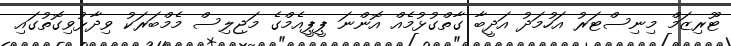
ޓޫރިޒަމް މިނިސްޓަރު އަހުމަދު އަދީބާ ގާތްގުޅުމެއް އޮންނަ ޕީޕީއެމްގެ މަޖިލިސް މެމްބަރަކު ވިދާޅުވިގޮތުގައި